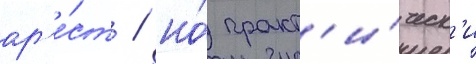
ар'е́ст / но́ практ'и́ческ'и